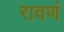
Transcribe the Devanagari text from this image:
रावणं